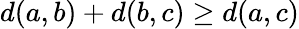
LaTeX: d(a,b)+d(b,c)\geq d(a,c)